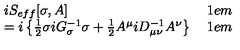
\begin{array} { l l } { i S _ { e f f } [ \sigma , A ] } & { \hspace * { 2 1 e m } } \\ { = i \left\{ \frac 1 2 \sigma i G _ { \sigma } ^ { - 1 } \sigma + \frac 1 2 A ^ { \mu } i D _ { \mu \nu } ^ { - 1 } A ^ { \nu } \right\} } & { \hspace * { 2 1 e m } } \\ \end{array}